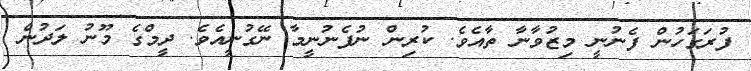
ފުރަގަހުން ފެނުނީ މިޒުވާނާ ތާއެވެ. ކުރިން ނުފެނުނީމާ ނޭގުނީއެވެ. ދީމްގެ މޫނު ލަދުން